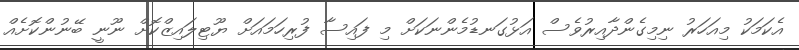
އެކަމަކު މިއަހަރު ނިމިގެންދާއިރުވެސް އަޅުގަނޑުމެންނަކަށް މި ފައިސާ ފުރިހަމައަށް ޔޫޓިލައިޒްކޮށް ނޫނީ ބޭނުންކޮށެއް